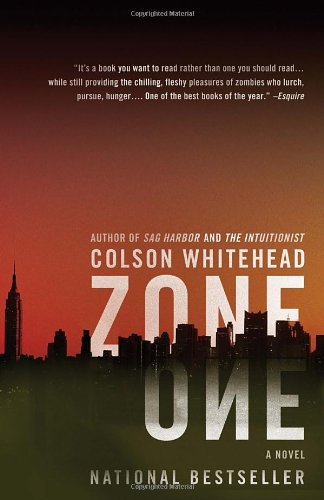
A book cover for Zone One; Colson Whitehead; Literature & Fiction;